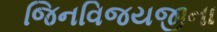
જિનવિજયજીના